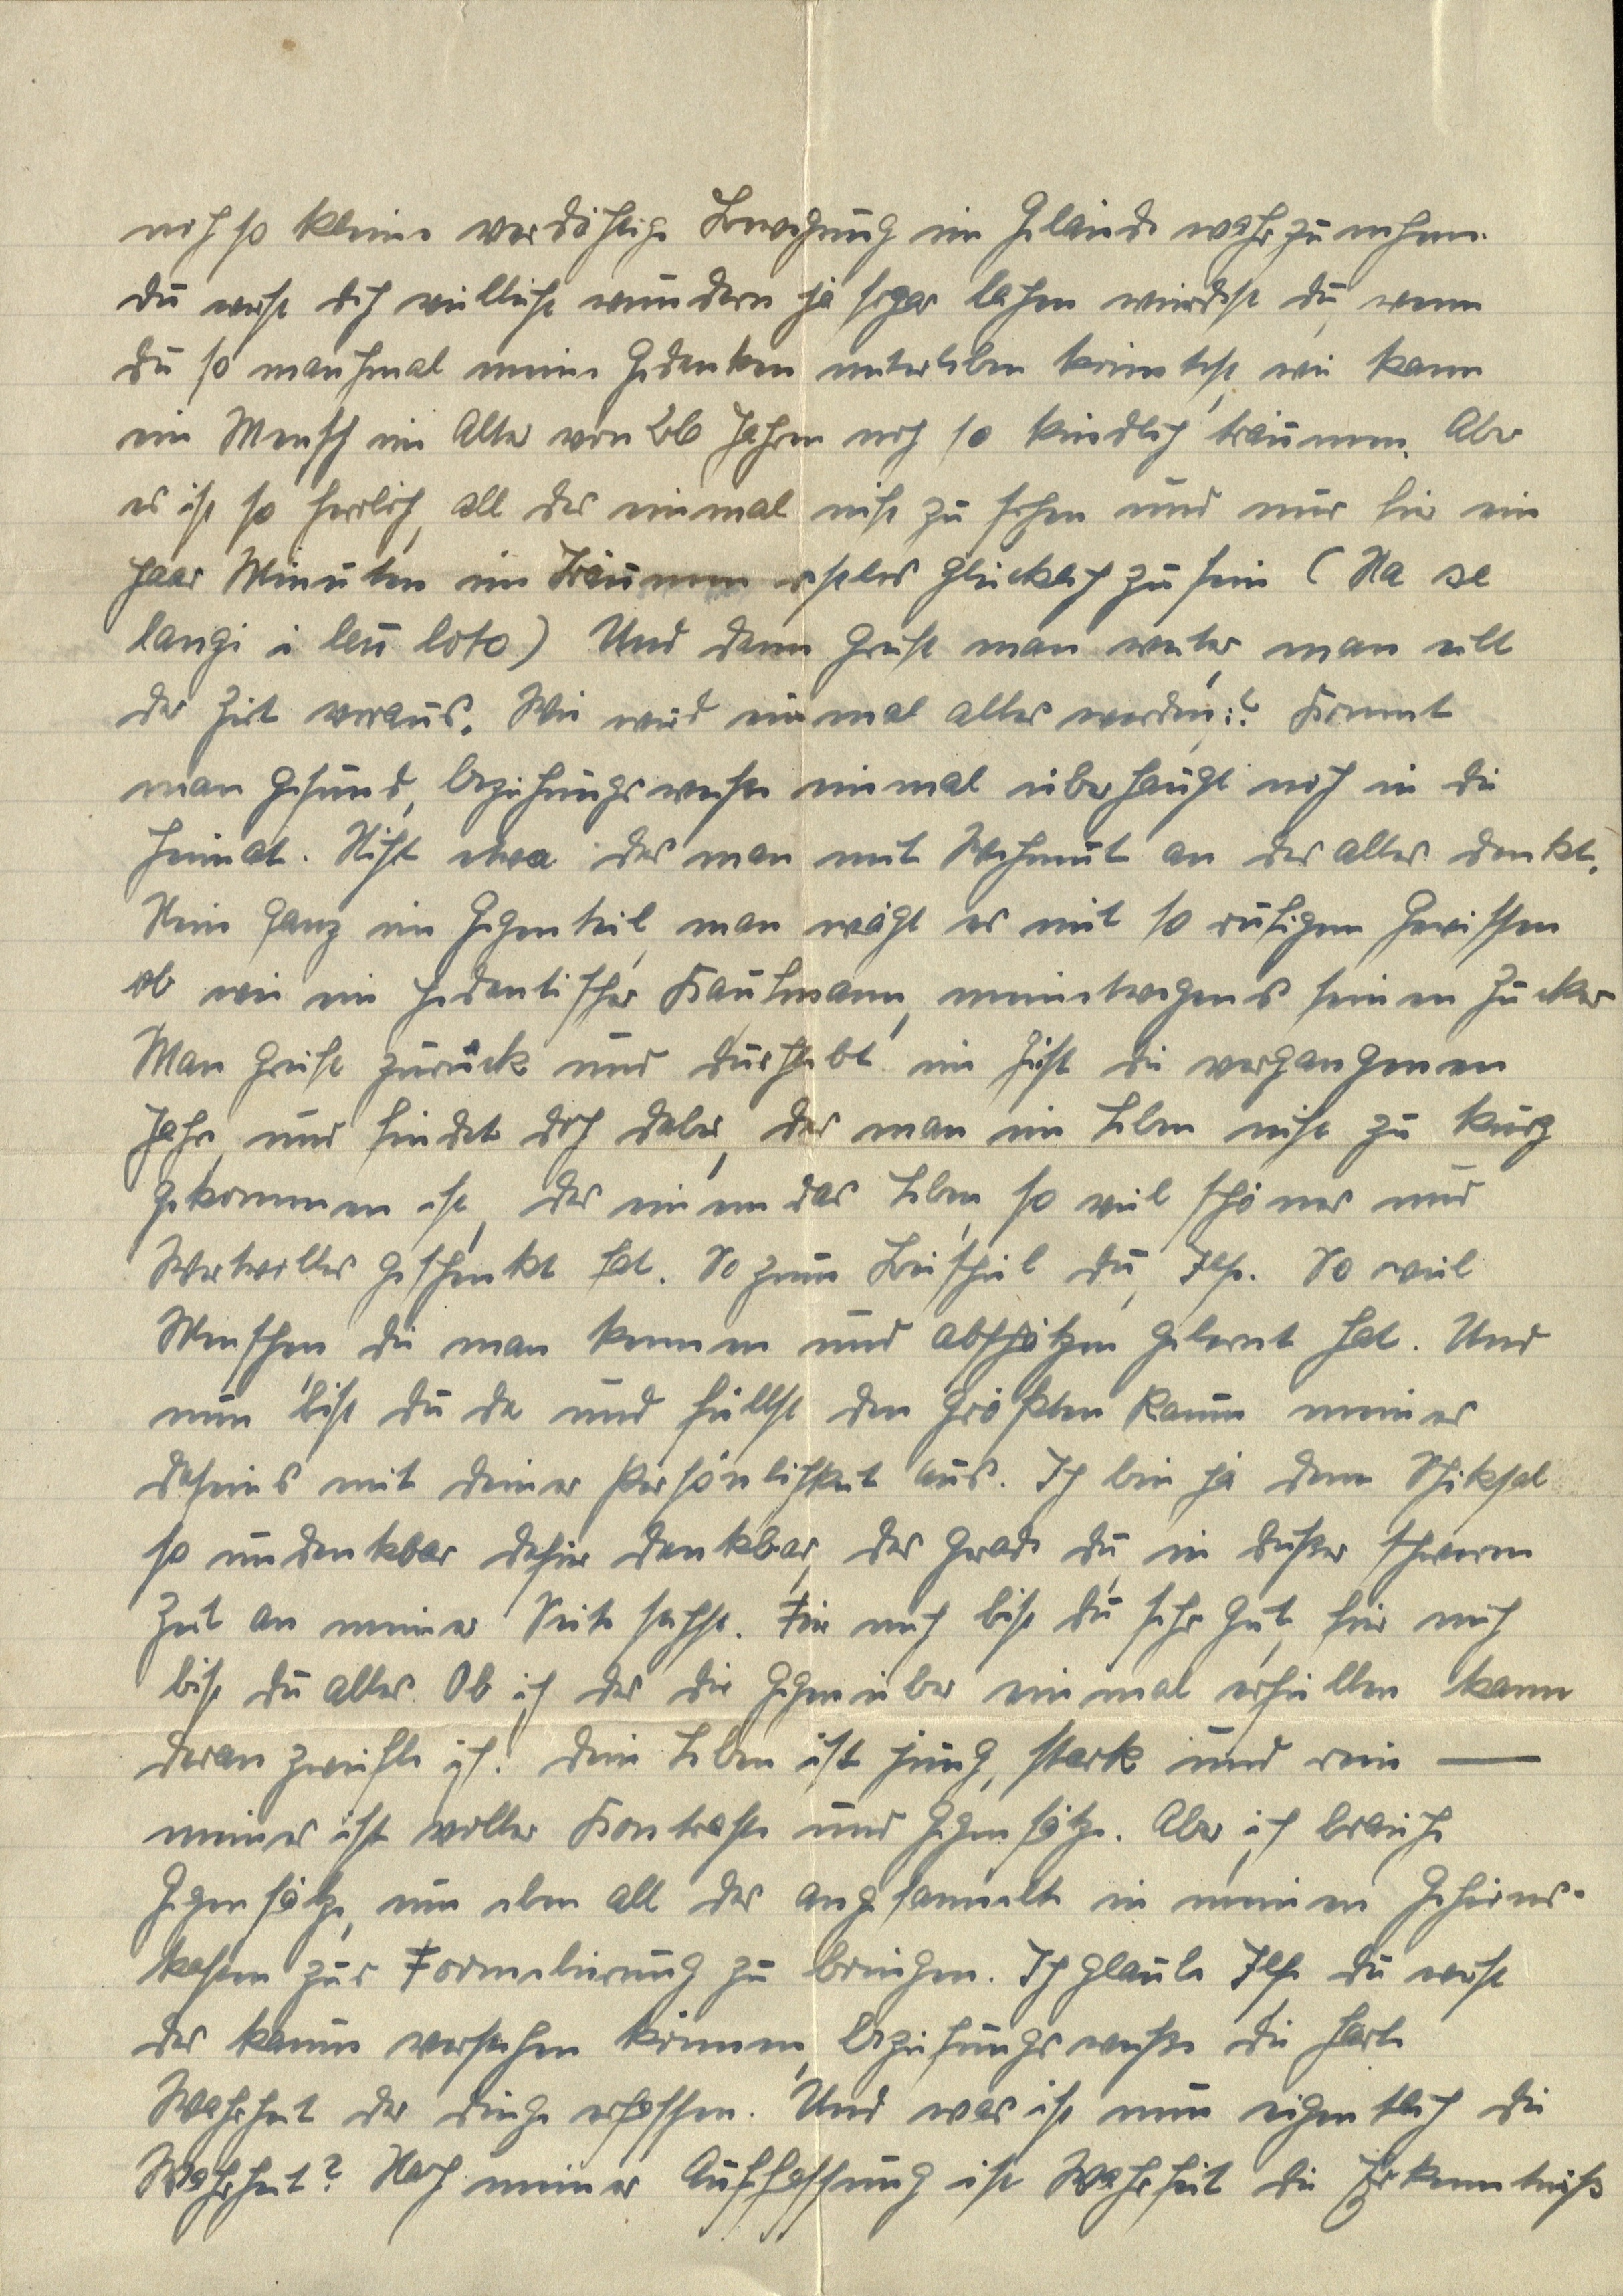
noch so kleine verdächtige Bewegung im Gelände wahrzunehmen.
Du wirst dich vielleicht wundern ja sogar lachen würdest du, wenn
du so manchmal meine Gedanken miterleben könntest, wie kann
ein Mensch im Alter von 26 Jahren noch so kindlich träumen. Also
es ist so herrlich, all das einmal nicht zu sehen und nur für ein
paar Minuten im Träumen restlos glücklich zu sein (Ha se
langi i leu loto) Und dann greift man weiter, man eilt
der Zeit voraus. Wie wird einmal alles werden? Kommt
man gesund, beziehungsweise einmal überhaupt noch in die
Heimat. Nicht etwa das man mit Wehmut an das alles denkt.
Nein ganz im Gegenteil, man wagt es mit so ruhigem Gewissen
ob wie ein pedantischer Kaufmann, meinetwegens seinen Zucker
Man greift zurück und durchlebt im Geist die vergangenen
Jahre, nur findet doch dabei, das man im Leben nicht zu kurz
gekommen ist, das einen das Leben, so viel schönes und
Wertvolles geschenkt hat. So zum Beispiel du, Ilse. So viel
Menschen, die man kennen und abschätzen gelernt hat. Und
nun bist du da und füllst den größten Raum meines
daseins mit deiner Persönlichkeit aus. Ich bin ja dem Schiksal
so undenkbar dafür dankbar, das gerade du, in dieser schweren
Zeit an meiner Seite stehst. Für mich bist du sehr gut, für mich
bist du alles. Ob ich das dir gegenüber einmal erfüllen kann
daran zweifle ich. Dein Leben ist jung, stark und rein —
meines ist voller Kontraste und Gegensätze. Aber ich brauche
Gegensätze, um eben all das angesamelt in meinen Gehirns¬
kasten zur Formulierung zu bringen. Ich glaube Ilse du wirst
das kaum verstehen können, beziehungsweise die harte
Wahrheit der Dinge erfassen. Und was ist nun eigentlich die
Wahrheit? Nach meiner Auffassung ist Wahrheit die Erkenntniß